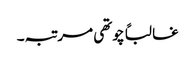
غالباً چوتھی مرتبہ۔